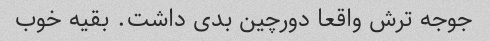
جوجه ترش واقعا دورچین بدی داشت. بقیه خوب